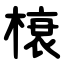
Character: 榱